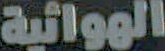
الهوائية